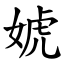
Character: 婋